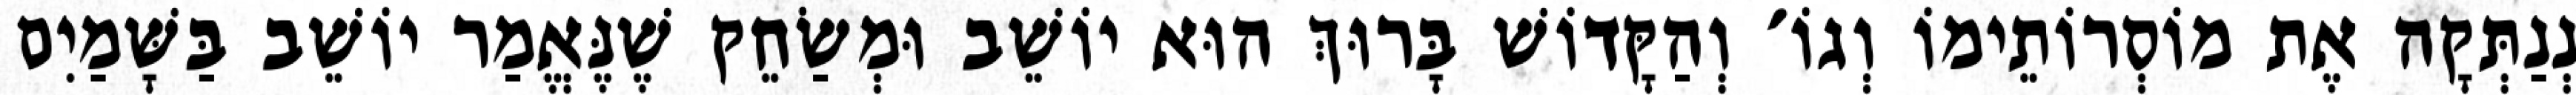
נְנַתְּקָה אֶת מוֹסְרוֹתֵימוֹ וְגוֹ׳ וְהַקָּדוֹשׁ בָּרוּךְ הוּא יוֹשֵׁב וּמְשַׂחֵק שֶׁנֶּאֱמַר יוֹשֵׁב בַּשָּׁמַיִם